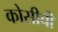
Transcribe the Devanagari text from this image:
कोसीची